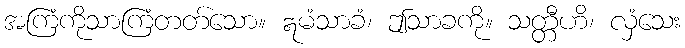
အကြံကိုသာကြံတတ်သော။ ဣမံသာခံ၊ ဤသာခကို။ သတ္တီဟိ၊ လှံသေး